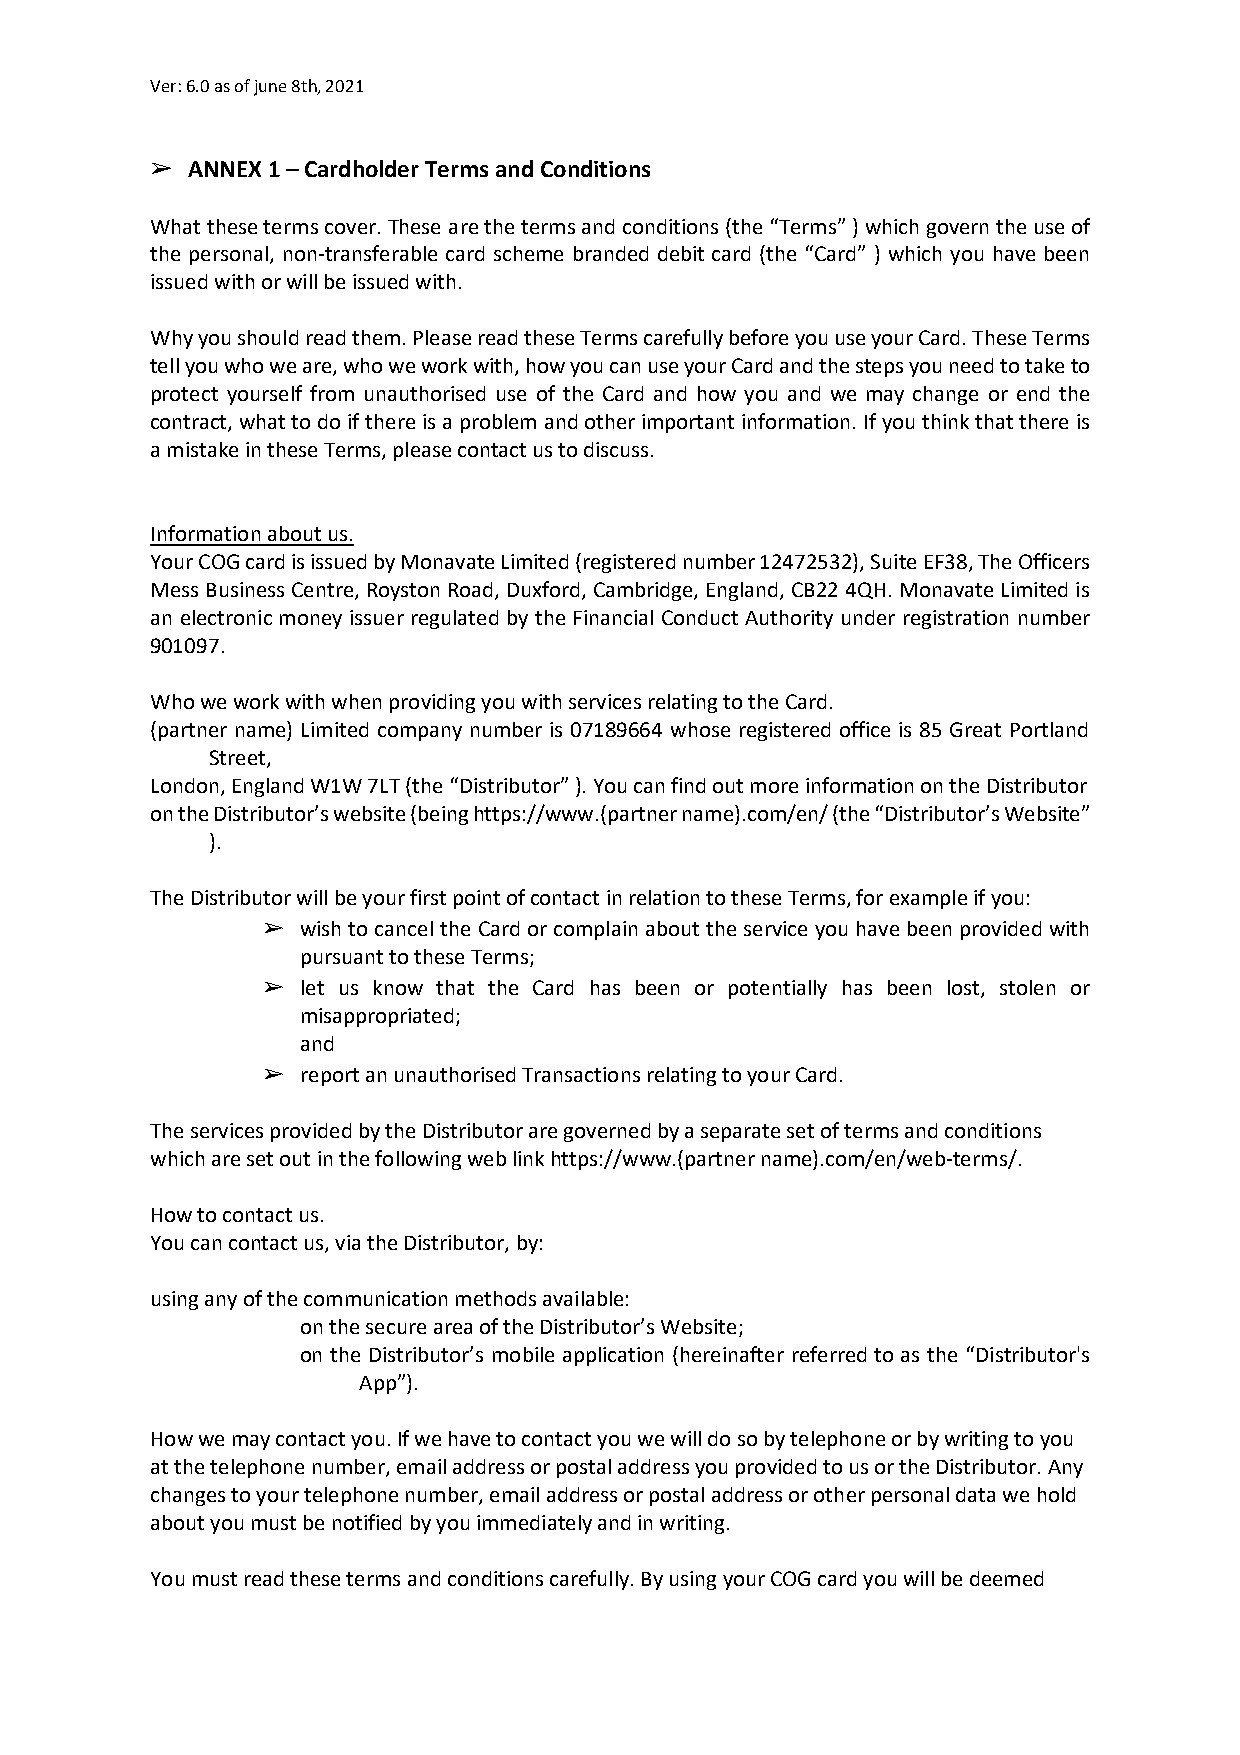
Ver: 6.0 as of june 8th, 2021
 ➢ ANNEX 1 – Cardholder Terms and Conditions
 What these terms cover. These are the terms and conditions (the “Terms” ) which govern the use of
 the personal, non-transferable card scheme branded debit card (the “Card” ) which you have been
 issued with or will be issued with.
 Why you should read them. Please read these Terms carefully before you use your Card. These Terms
 tell you who we are, who we work with, how you can use your Card and the steps you need to take to
 protect yourself from unauthorised use of the Card and how you and we may change or end the
 contract, what to do if there is a problem and other important information. If you think that there is
 a mistake in these Terms, please contact us to discuss.
 Information about us.
 Your COG card is issued by Monavate Limited (registered number 12472532), Suite EF38, The Officers
 Mess Business Centre, Royston Road, Duxford, Cambridge, England, CB22 4QH. Monavate Limited is
 an electronic money issuer regulated by the Financial Conduct Authority under registration number
 901097.
 Who we work with when providing you with services relating to the Card.
 (partner name) Limited company number is 07189664 whose registered office is 85 Great Portland
 Street,
 London, England W1W 7LT (the “Distributor” ). You can find out more information on the Distributor
 on the Distributor’s website (being https://www.(partner name).com/en/ (the “Distributor’s Website”
 ).
 The Distributor will be your first point of contact in relation to these Terms, for example if you:
 ➢  wish to cancel the Card or complain about the service you have been provided with
 pursuant to these Terms;
 ➢  let us know that the Card has been or potentially has been lost, stolen or
 misappropriated;
 and
 ➢  report an unauthorised Transactions relating to your Card.
 The services provided by the Distributor are governed by a separate set of terms and conditions
 which are set out in the following web link https://www.(partner name).com/en/web-terms/.
 How to contact us.
 You can contact us, via the Distributor, by:
 using any of the communication methods available:
 on the secure area of the Distributor’s Website;
 on the Distributor’s mobile application (hereinafter referred to as the “Distributor's
 App”).
 How we may contact you. If we have to contact you we will do so by telephone or by writing to you
 at the telephone number, email address or postal address you provided to us or the Distributor. Any
 changes to your telephone number, email address or postal address or other personal data we hold
 about you must be notified by you immediately and in writing.
 You must read these terms and conditions carefully. By using your COG card you will be deemed